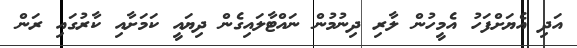
އަދި އެޔަށްފަހު އެމީހުން ލާރި ދިނުމުން ނައްޓާލައިގެން ދިޔައީ ކަމަށާއި ކާރުގައި ރަން